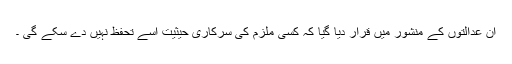
ان عدالتوں کے منشور میں قرار دیا گیا کہ کسی ملزم کی سرکاری حیثیت اسے تحفظ نہیں دے سکے گی ۔